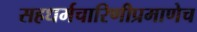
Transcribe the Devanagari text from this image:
सहधर्मचारिणीप्रमाणेच